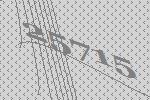
25715